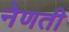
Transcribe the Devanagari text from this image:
नेणती